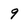
Character: 9